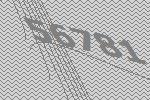
56781